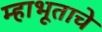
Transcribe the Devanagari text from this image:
म्हाभूताचे